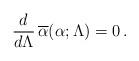
LaTeX: \begin{align*}{d\over d\Lambda}\,\overline \alpha(\alpha;\Lambda) = 0\,.\end{align*}